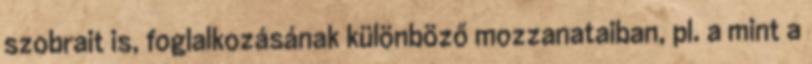
szobrait is, foglalkozásának különböző mozzanataiban, pl. a mint a